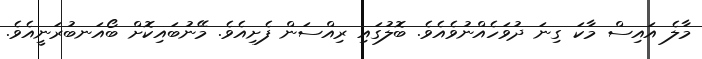
މާލެ އައިސް މާކަ ގިނަ ދުވަހެއްނުވެއެވެ. ބޮލުގައި ރިއްސަން ފެށިއެވެ. މޭނުބައިކޮށް ބޯއަނބުރަނީއެވެ.